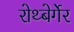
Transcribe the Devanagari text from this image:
रोथ्बेर्गेर